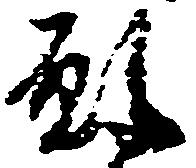
願